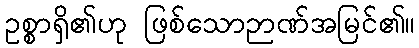
ဥစ္စာရှိ၏ဟု ဖြစ်သောဉာဏ်အမြင်၏။